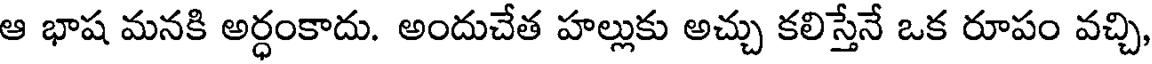
ఆ భాష మనకి అర్ధంకాదు. అందుచేత హల్లుకు అచ్చు కలిస్తేనే ఒక రూపం వచ్చి,